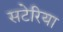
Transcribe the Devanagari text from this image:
सटेरिया